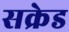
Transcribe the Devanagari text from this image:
सक्रेड